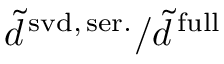
\tilde { d } ^ { \mathrm { \, s v d , \, s e r . } } / \tilde { d } ^ { \mathrm { \, f u l l } }